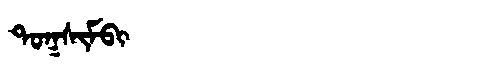
Manchu: ᡨᠣᡴᠰᡳᠮᠪᡳ
Romanization: TOKSIMBI